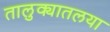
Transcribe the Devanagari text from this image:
तालुक्यातलया